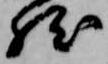
然